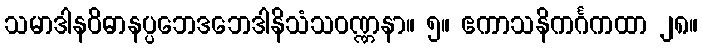
သမာဒါနဝိဓာနပ္ပဘေဒဘေဒါနိသံသဝဏ္ဏနာ။ ၅။ ဧကာသနိကင်္ဂကထာ ၂၈။